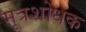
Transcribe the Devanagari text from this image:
मूत्रशोधक